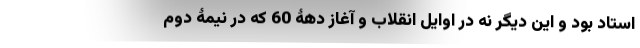
استاد بود و این دیگر نه در اوایل انقلاب و آغاز دهۀ 60 که در نیمۀ دوم